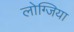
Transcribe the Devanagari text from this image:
लोग्जिया